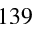
1 3 9